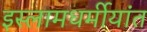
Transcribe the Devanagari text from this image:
इस्लामधर्मीयांत